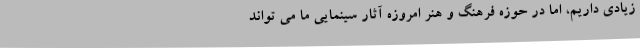
زیادی داریم، اما در حوزه فرهنگ و هنر امروزه آثار سینمایی ما می تواند